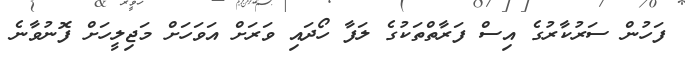
ފަހުން ސަރުކާރުގެ އިސް ފަރާތްތަކުގެ ލަފާ ހޯދައި ވަރަށް އަވަހަށް މަޖިލީހަށް ފޮނުވާނެ